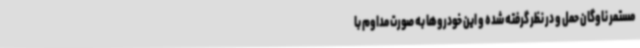
مستمر ناوگان حمل و در نظر گرفته شده و این خودروها به صورت مداوم با